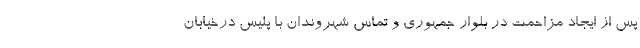
پس از ایجاد مزاحمت در بلوار جمهوری و تماس شهروندان با پلیس درخیابان